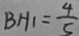
B H _ { 1 } = \frac { 4 } { 5 }